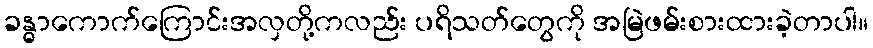
ခန္ဓာကောက်ကြောင်းအလှတို့ကလည်း ပရိသတ်တွေကို အမြဲဖမ်းစားထားခဲ့တာပါ။